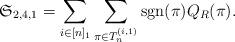
LaTeX: \begin{align*} \mathfrak{S}_{2,4,1} = \sum_{i\in [n]_1} \sum_{\pi \in T_n^{(i,1)}} \mathrm{sgn}(\pi) Q_R(\pi).\end{align*}